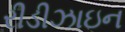
રીડીઝાઇન